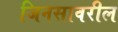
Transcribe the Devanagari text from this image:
जिनसावरील